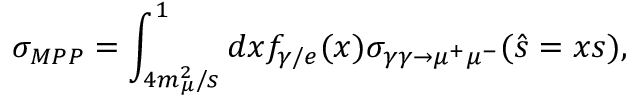
\sigma _ { M P P } = \int _ { 4 m _ { \mu } ^ { 2 } / s } ^ { 1 } d x f _ { \gamma / e } ( x ) \sigma _ { \gamma \gamma \to \mu ^ { + } \mu ^ { - } } ( \hat { s } = x s ) ,